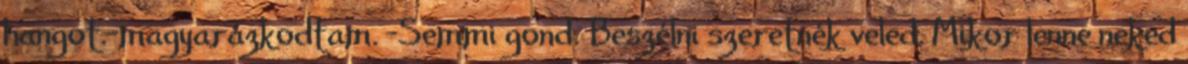
hangot.-magyarázkodtam. -Semmi gond. Beszélni szeretnék veled. Mikor lenne neked